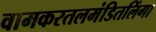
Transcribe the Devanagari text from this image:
वामकरतलमंडितलिंगा